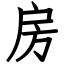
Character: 房